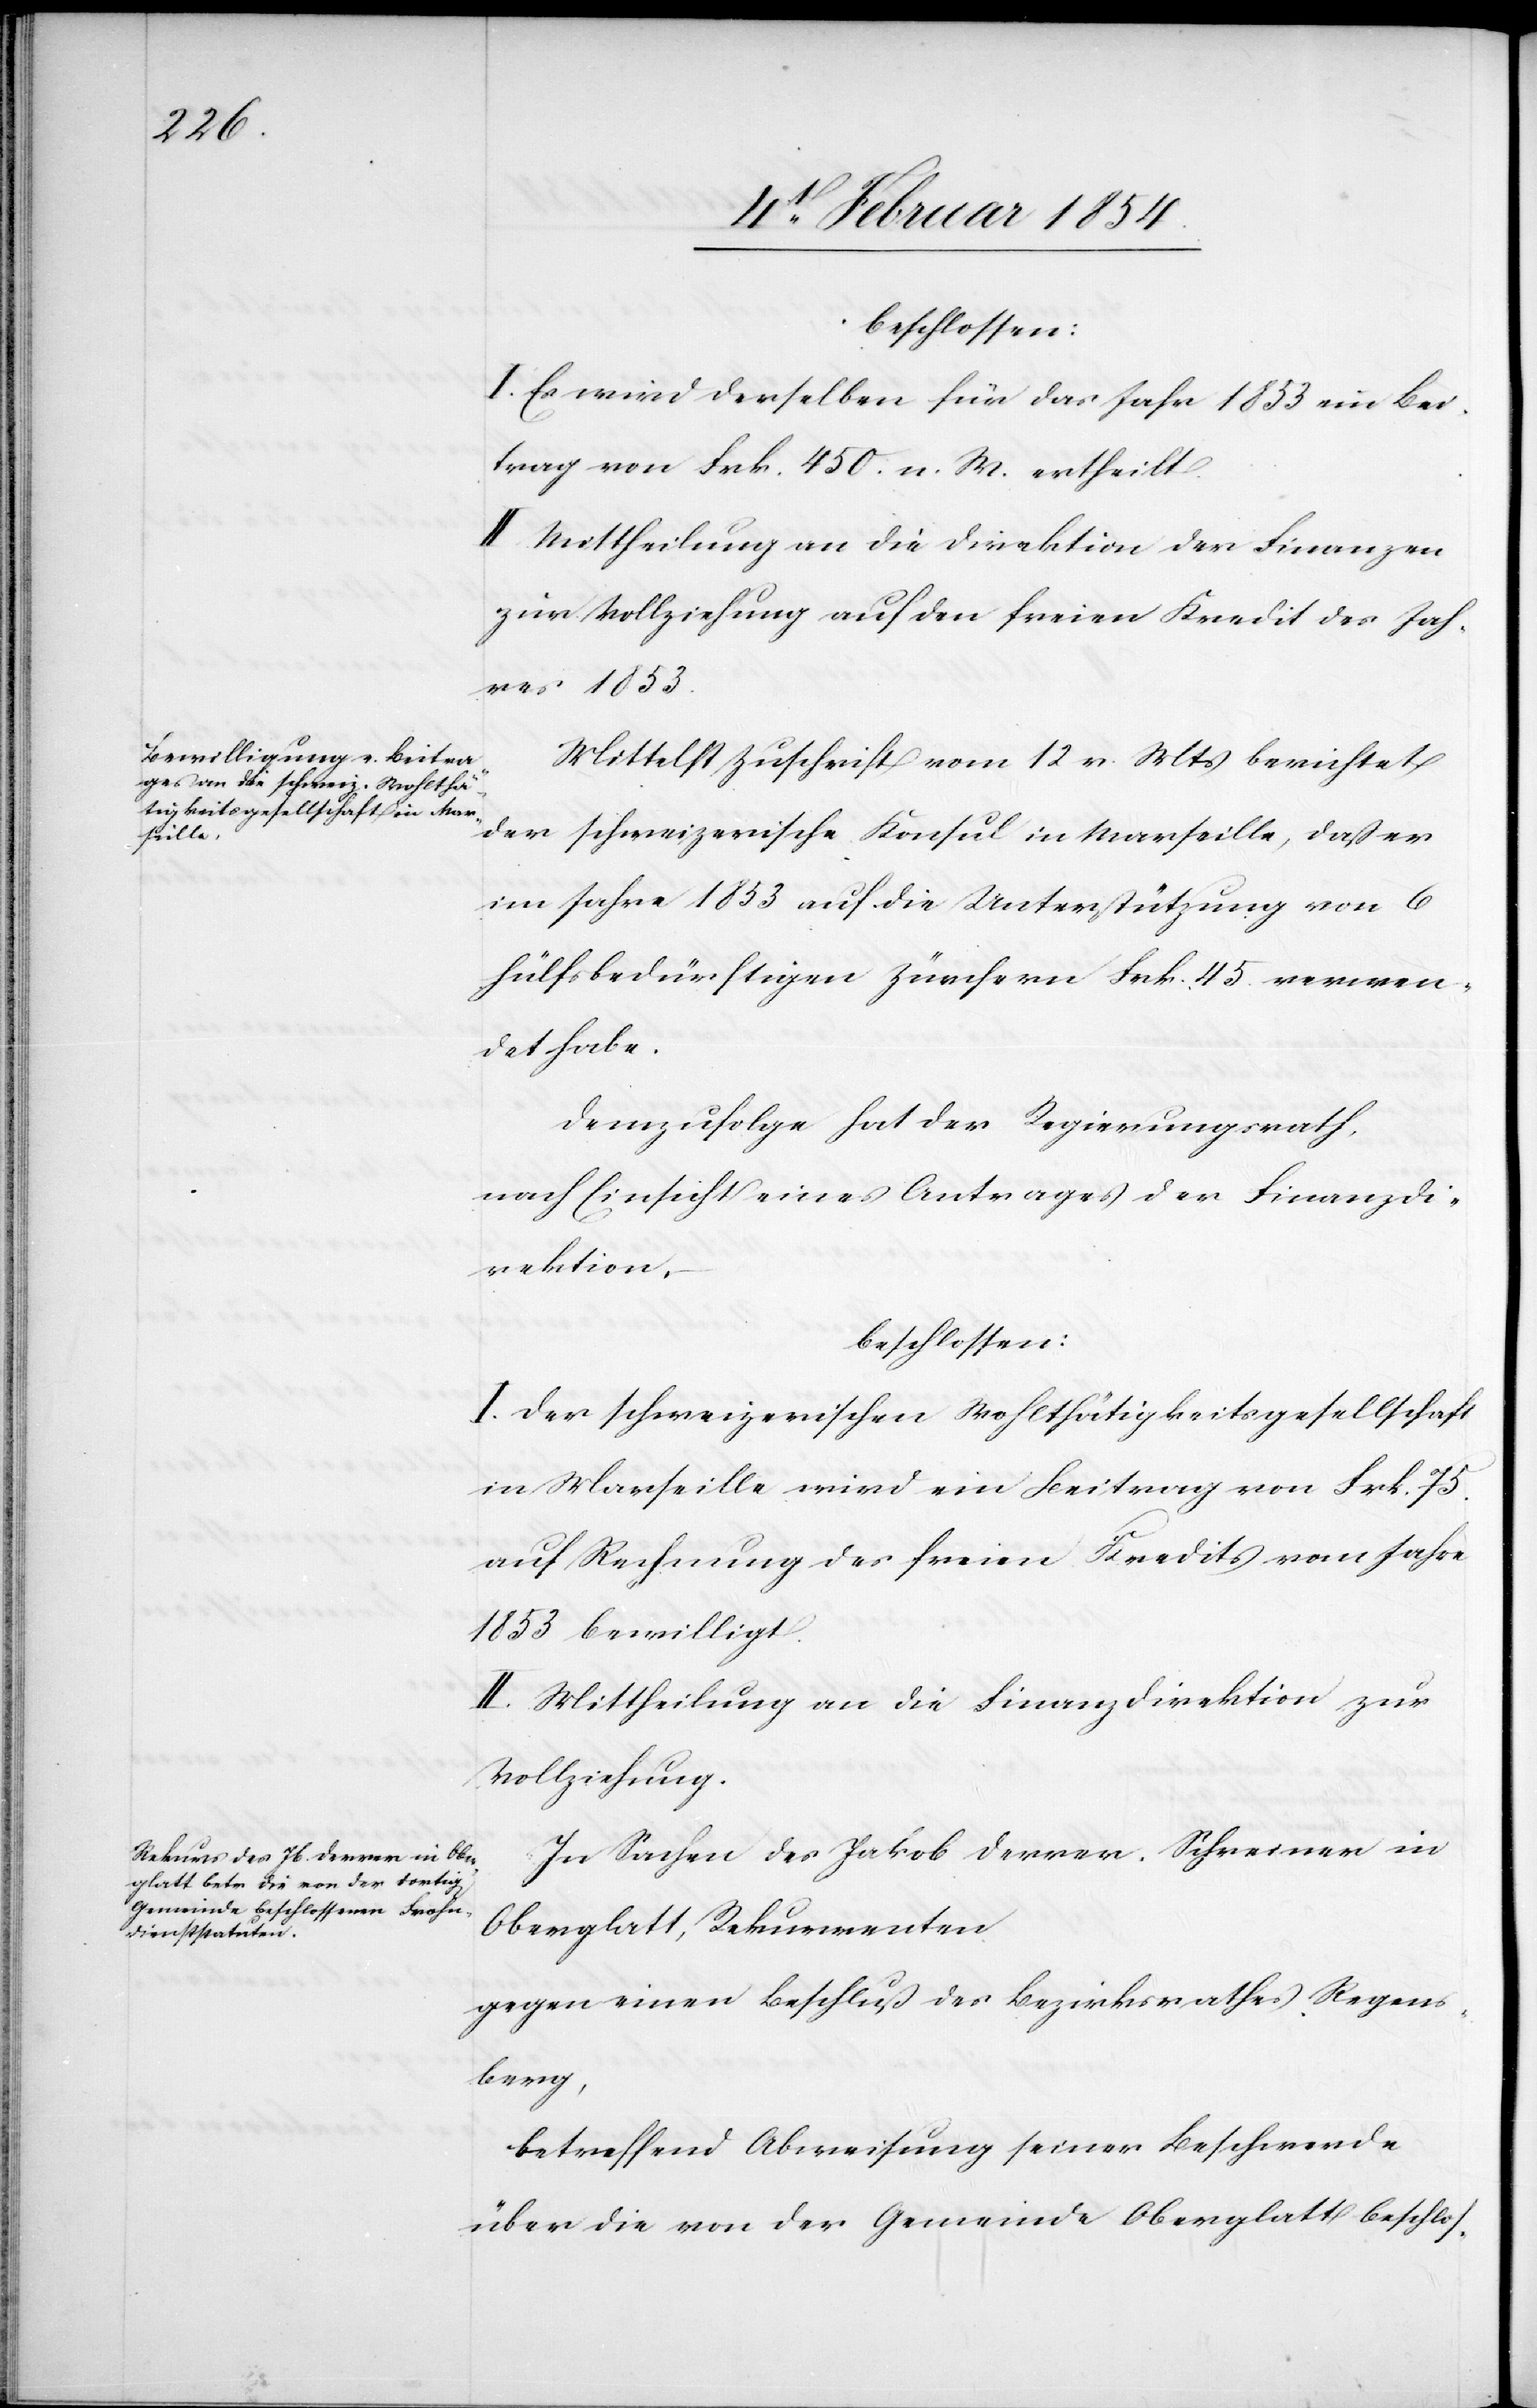
beschlossen:
I. Es wird derselben für das Jahr 1853 ein Bei¬
trag von Frk. 459. n. M. ertheilt.
II. Mittheilung an die Direktion der Finanzen
zur Vollziehung auf den freien Kredit des Jah¬
res 1853.
Mittelst Zuschrift vom 12 v. Mts berichtet
der schweizerische Konsul in Marseille, daß er
im Jahre 1853 auf die Unterstützung von 6
hülfsbedürftigen Zürchern Frk. 45. verwen¬
det habe.
Demzufolge hat der Regierungsrath,
nach Einsicht eines Antrages der Finanzdi¬
rektion,
beschlossen:
I. Der schweizerischen Wohlthätigkeitsgesellschaft
in Marseille wird ein Beitrag von Frk. 75.
auf Rechnung des freien Kredits vom Jahre
1853 bewilligt.
II. Mittheilung an die Finanzdirektion zur
Vollziehung.
In Sachen des Jakob Derrer, Schreiner in
Oberglatt, Rekurrenten
gegen einen Beschluß des Bezirksrathes Regens¬
berg,
betreffend Abweisung seiner Beschwerde
über die von der Gemeinde Oberglatt beschlos-